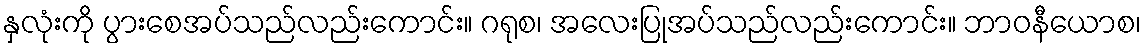
နှလုံးကို ပွားစေအပ်သည်လည်းကောင်း။ ဂရုစ၊ အလေးပြုအပ်သည်လည်းကောင်း။ ဘာဝနီယောစ၊